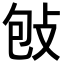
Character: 𢼌